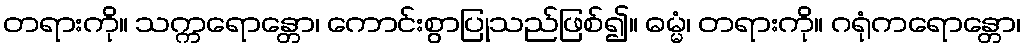
တရားကို။ သက္ကရောန္တော၊ ကောင်းစွာပြုသည်ဖြစ်၍။ ဓမ္မံ၊ တရားကို။ ဂရုံကရောန္တော၊